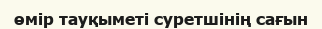
өмір тауқыметі суретшінің сағын